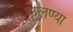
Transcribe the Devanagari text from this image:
फुलण्या